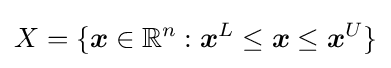
X=\{{\boldsymbol {x}}\in \mathbb {R} ^{n}:{\boldsymbol {x}}^{L}\leq {\boldsymbol {x}}\leq {\boldsymbol {x}}^{U}\}